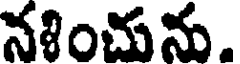
నళించును.